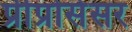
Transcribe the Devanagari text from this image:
प्रीप्रोसेसर